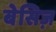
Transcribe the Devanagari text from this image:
बेसिज़